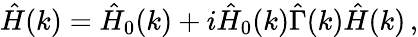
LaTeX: \hat{H}(k)=\hat{H}_{0}(k)+i\hat{H}_{0}(k)\hat{\Gamma}(k)\hat{H}(k)\, ,